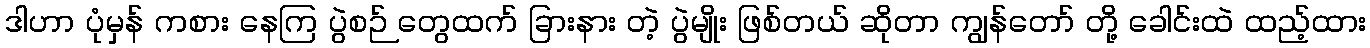
ဒါဟာ ပုံမှန် ကစား နေကြ ပွဲစဉ် တွေထက် ခြားနား တဲ့ ပွဲမျိုး ဖြစ်တယ် ဆိုတာ ကျွန်တော် တို့ ခေါင်းထဲ ထည့်ထား